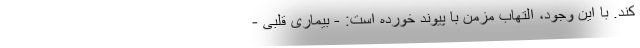
کند. با این وجود، التهاب مزمن با پیوند خورده است: - بیماری قلبی -